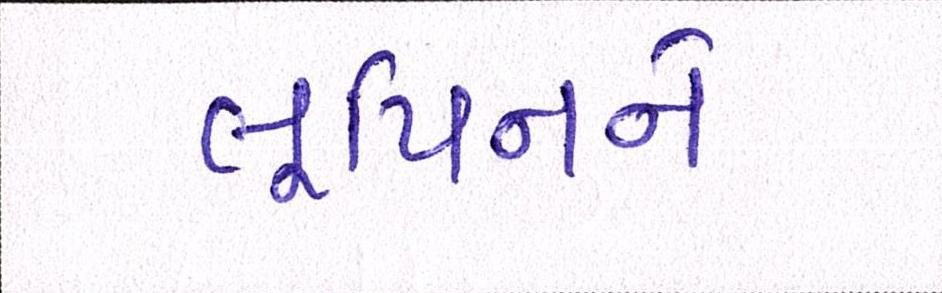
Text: લુપિનને